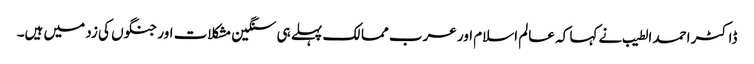
ڈاکٹر احمد الطیب نے کہا کہ عالم اسلام اور عرب ممالک پہلے ہی سنگین مشکلات اور جنگوں کی زد میں ہیں۔